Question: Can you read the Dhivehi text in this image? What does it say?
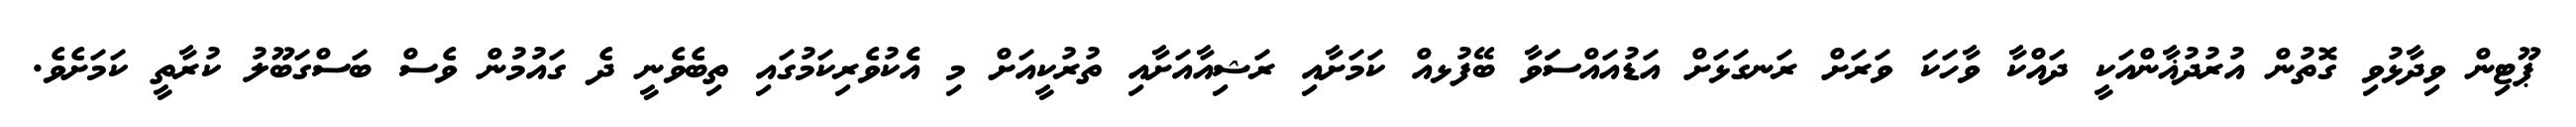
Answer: ޕޫޓިން ވިދާޅުވި ގޮތުން އުރުދުޣާންއަކީ ދައްކާ ވާހަކަ ވަރަށް ރަނގަޅަށް އަޑުއައްސަަވާ ބޭފުޅއް ކަމަށާއި ރަޝިއާއަށާއި ތުރުކީއަށް މި އެެކުވެރިކަމުގައި ތިބެވެނީ ދެ ގައުމުން ވެސް ބަސްގަބޫލު ކުރާތީ ކަމަށެވެ.